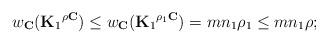
LaTeX: \begin{align*}w_{\mathbf{C}}({\mathbf{K}_1}^{\rho\mathbf{C}})\le w_{\mathbf{C}}({\mathbf{K}_1}^{\rho_1\mathbf{C}})=mn_1\rho_1\le mn_1\rho ;\end{align*}